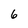
Character: 6